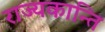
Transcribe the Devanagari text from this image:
राज्यकान्ति